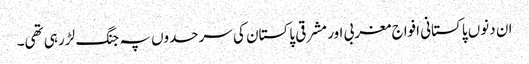
ان دنوں پاکستانی افواج مغربی اور مشرقی پاکستان کی سرحدوں پہ جنگ لڑ رہی تھی۔